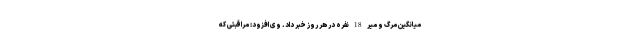
میانگین مرگ و میر 18 نفره در هر روز خبر داد. وی افزود: مراقبتی که